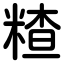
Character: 𥻗